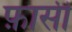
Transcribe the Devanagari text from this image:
फ़ासी